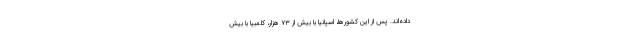
داده‌اند. پس از این کشورها، اسپانیا با بیش از ۷۳ هزار، کلمبیا با بیش